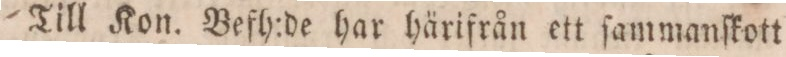
Till Kon. Befh:de har härifrån ett ſammanſkott